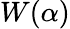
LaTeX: W(\alpha)